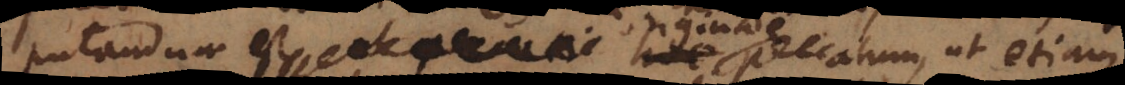
putandum est originale peccatum, ut etiam